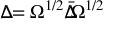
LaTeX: \Delta \! \! \! \! / = \Omega ^ { 1 / 2 } { \bar { \Delta } } \! \! \! \! / \Omega ^ { 1 / 2 }